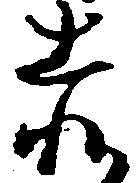
赤